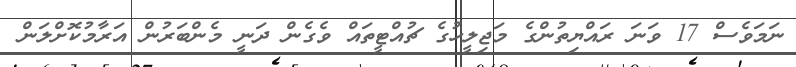
ނަމަވެސް 17 ވަނަ ރައްޔިތުންގެ މަޖިލީހުގެ ޗުއްޓީތައް ވެގެން ދަނީ މެންބަރުން އަރާމުކޮށްލަން